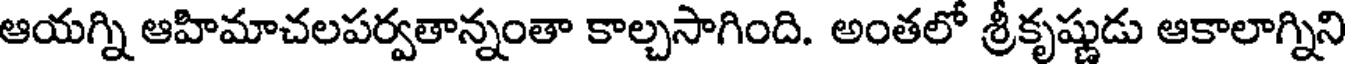
ఆయగ్ని ఆహిమాచలపర్వతాన్నంతా కాల్చసాగింది. అంతలో శ్రీకృష్ణుడు ఆకాలాగ్నిని